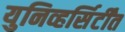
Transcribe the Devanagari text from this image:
युनिव्हर्सिर्टींत